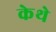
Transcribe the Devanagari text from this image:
केथे